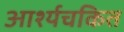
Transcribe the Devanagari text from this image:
आर्श्यचकित